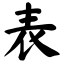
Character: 表